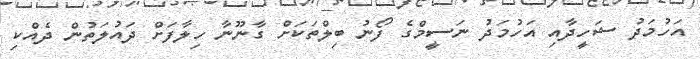
އަހުމަދު ޝަހީދާއި އަހުމަދު ނަސީމްގެ ފޯނު ބިލްތަކަށް ގާނޫނާ ހިލާފަށް ދައުލަތުން ދެއްކި